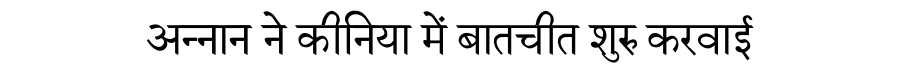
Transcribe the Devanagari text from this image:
अन्नान ने कीनिया में बातचीत शुरु करवाई